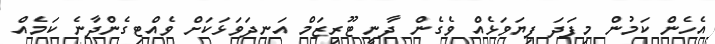
އެހެން ކަމުން މިފަދަ ފިޔަވަޅެއް ވެގެން ދާނީ ޓޫރިޒަމް އަނދަވަޅަކަށް ވެއްޓިގެންދާނެ ކަމެއް